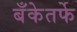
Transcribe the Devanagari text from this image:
बँकेतर्फे